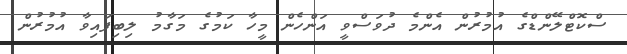
ސްކޮޓްލޭންޑްގެ އުމުރުން އެންމެ ދުވަސްވީ އަންހެން މީހާ ކަމުގެ މަގާމު ލިބިފައިވާ އުމުރުން